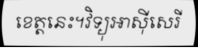
ខេត្តនេះ។វិទ្យុអាស៊ីសេរី